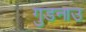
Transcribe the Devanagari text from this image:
गुडनाउ